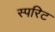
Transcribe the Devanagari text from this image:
स्परिट